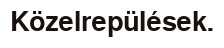
Közelrepülések.